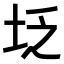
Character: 𪣇